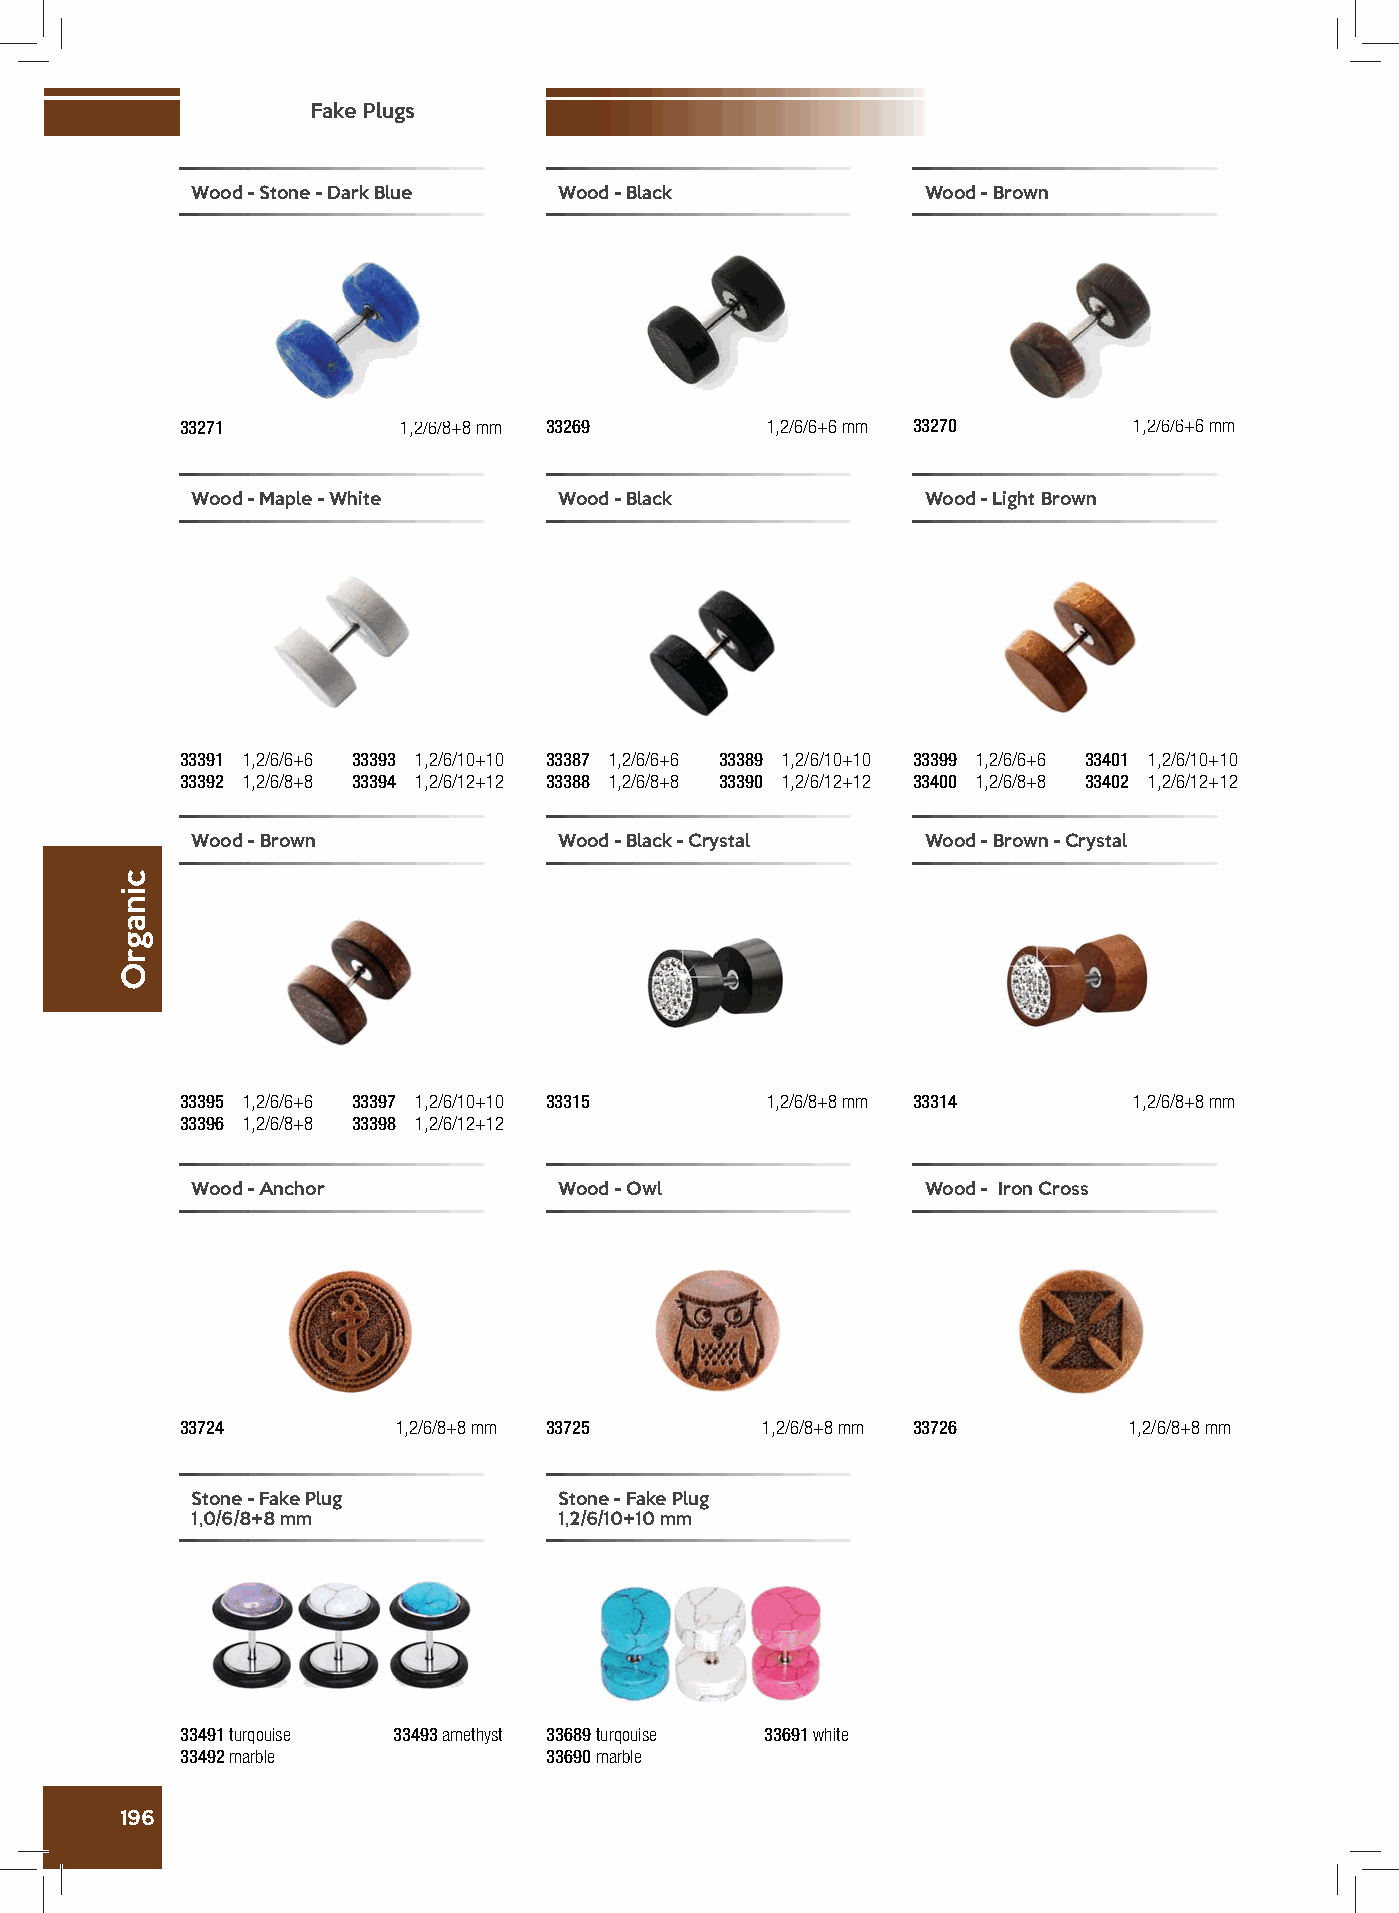
Fake Plugs
 Wood - Stone - Dark Blue Wood - Black           Wood - Brown
 33271         1,2/6/8+8 mm 33269       1,2/6/6+6 mm 33270      1,2/6/6+6 mm
 Wood - Maple - White    Wood - Black            Wood - Light Brown
 33391 1,2/6/6+6 33393 1,2/6/10+10 33387 1,2/6/6+6 33389 1,2/6/10+10 33399 1,2/6/6+6 33401 1,2/6/10+10
 33392 1,2/6/8+8 33394 1,2/6/12+12 33388 1,2/6/8+8 33390 1,2/6/12+12 33400 1,2/6/8+8 33402 1,2/6/12+12
 Wood - Brown            Wood - Black - Crystal  Wood - Brown - Crystal
 33395 1,2/6/6+6 33397 1,2/6/10+10 33315 1,2/6/8+8 mm 33314     1,2/6/8+8 mm
 33396 1,2/6/8+8 33398 1,2/6/12+12
 Wood - Anchor           Wood - Owl              Wood - Iron Cross
 33724         1,2/6/8+8 mm 33725      1,2/6/8+8 mm 33726       1,2/6/8+8 mm
 Stone - Fake Plug       Stone - Fake Plug
 1,0/6/8+8 mm            1,2/6/10+10 mm
 33491 turqouise 33493 amethyst 33689 turqouise 33691 white
 33492 marble            33690 marble
 196
 cinagrO